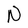
Character: N